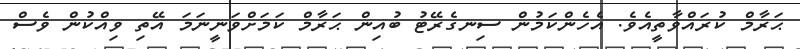
ޙަރާމް ކުރައްވާތީއެވެ. އެހެންކަމުން ސިނގެރޭޓު ބުއިން ޙަރާމް ކަމަށްވަނީނަމަ އޭތި ވިއްކުން ވެސް